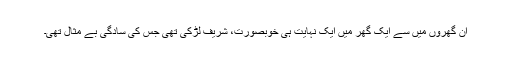
ان گھروں میں سے ایک گھر میں ایک نہایت ہی خوبصورت، شریف لڑکی تھی جس کی سادگی بے مثال تھی۔